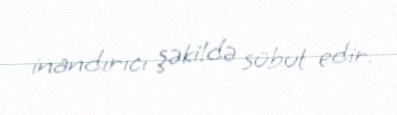
inandırıcı şəkildə sübut edir.